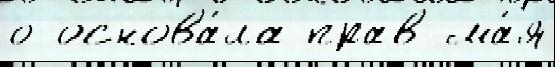
о основа́ла прав ма́я